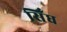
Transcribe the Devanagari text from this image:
सिँध